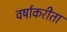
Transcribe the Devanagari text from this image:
वर्षाकरीता